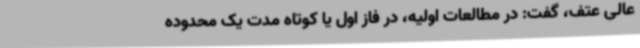
عالی عتف، گفت: در مطالعات اولیه، در فاز اول یا کوتاه مدت یک محدوده